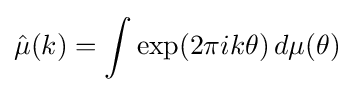
{\hat {\mu }}(k)=\int \exp(2\pi ik\theta )\,d\mu (\theta )